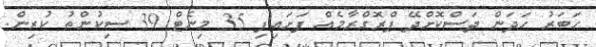
ހަބަރު ހަދަން ދަސްކޮށްދޭ ޕްރޮގްރާމެއް ފަށައިފި 35 މިނެޓް 39 ސިކުންތު ކުރިން.